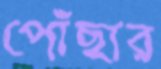
পোঁছার